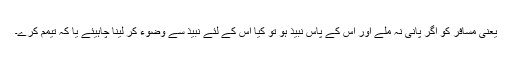
یعنی مسافر کو اگر پانی نہ ملے اور اس کے پاس نبیذ ہو تو کیا اس کے لئے نبیذ سے وضوء کر لینا چاہیئے یا کہ تیمم کرے۔